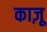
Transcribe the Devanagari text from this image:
काज़ू